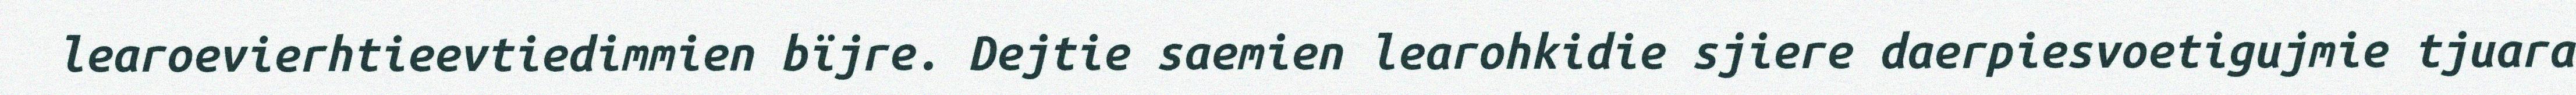
learoevierhtieevtiedimmien bïjre. Dejtie saemien learohkidie sjiere daerpiesvoetigujmie tjuara